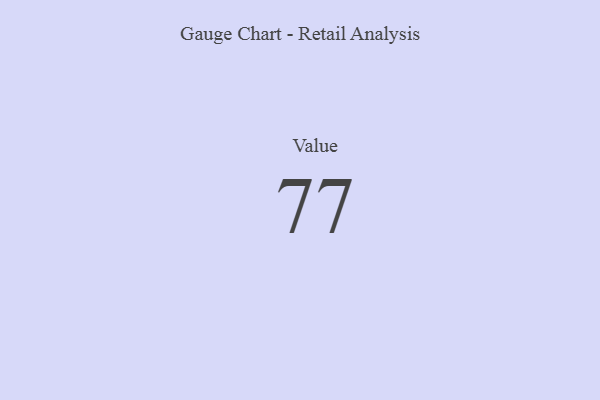
{"axis": {"x": "Metric", "y": "Value"}, "legend": [""], "data": [{"x": "Value", "y": 77, "type": ""}]}